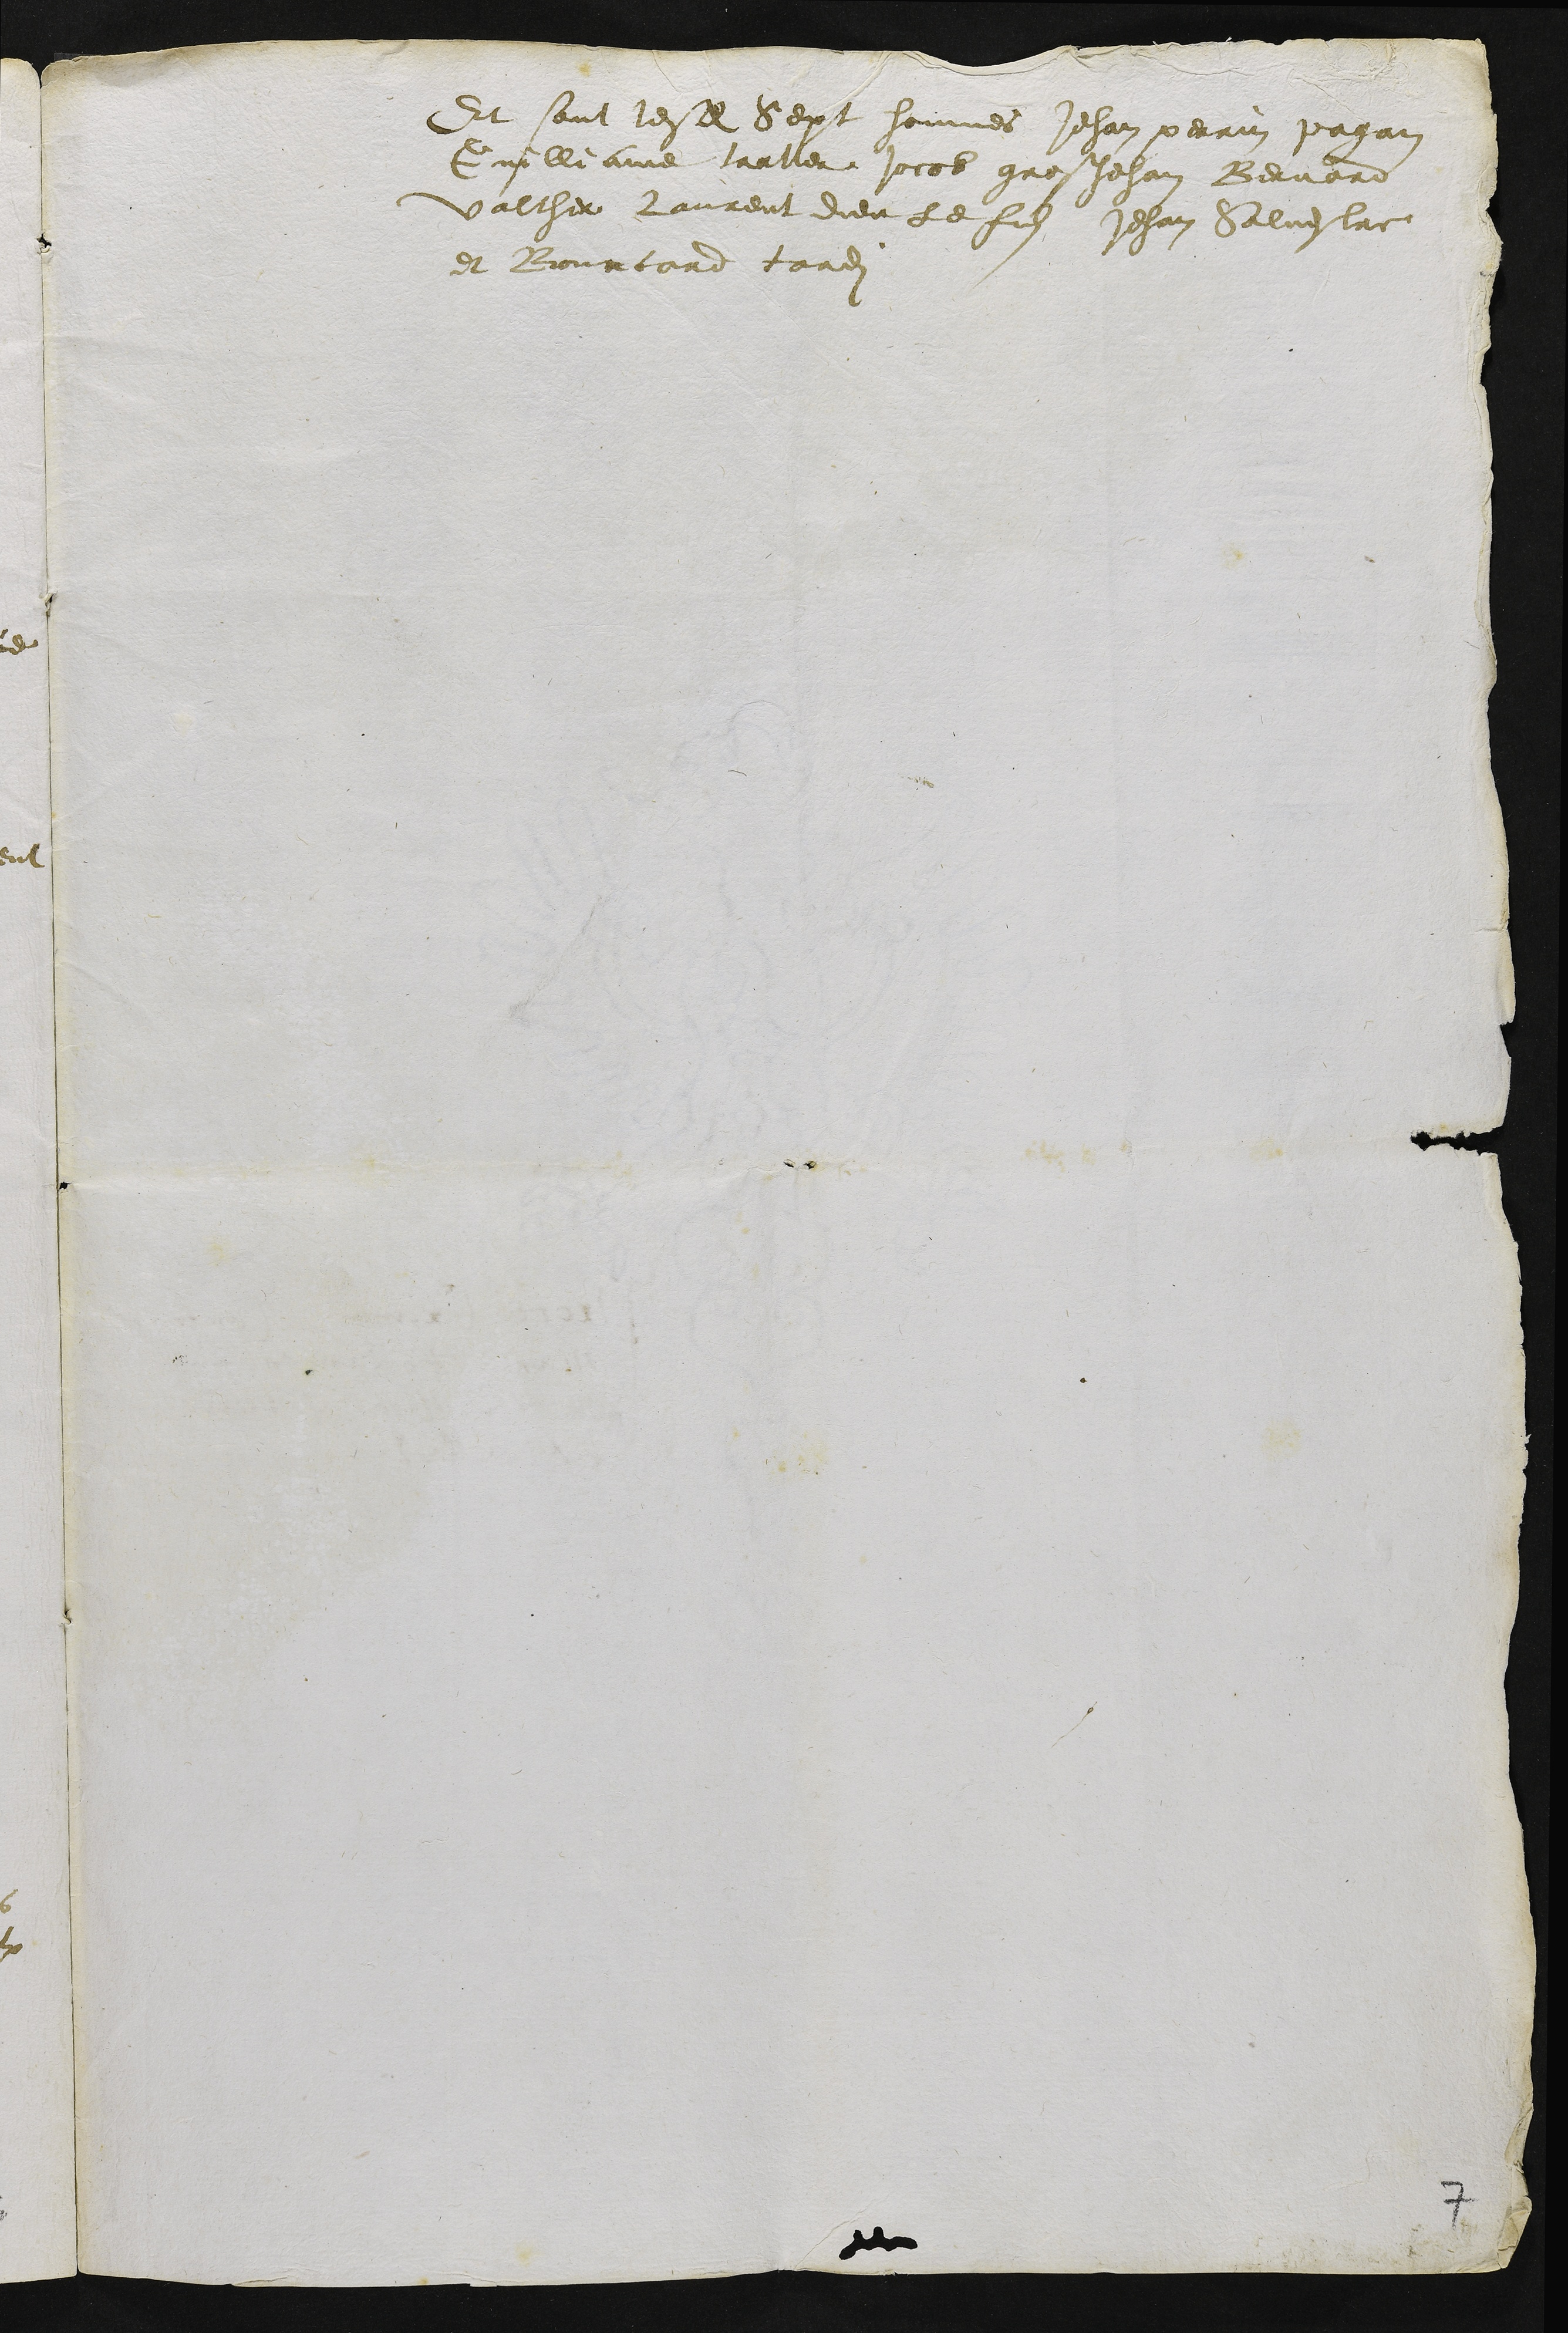
Et sont lesdits Sept hommes Jehan perrin pagan
Guilliame traller jocob gros Jehan Bernard
valther Laurent dieu le filz Jehan Salvestre
et Bourcard tardi